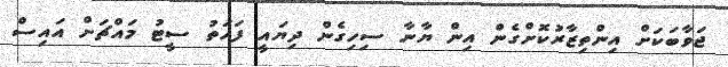
ޖަވާބަކަށް އިންތިޒާރުކޮށްގެން އިން ޔާނާ ސިހިގެން ދިޔައީ ފަހަތު ސީޓު މައްޗަށް އައިސް